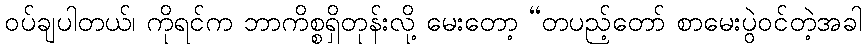
ဝပ်ချပါတယ်၊ ကိုရင်က ဘာကိစ္စရှိတုန်းလို့ မေးတော့ “တပည့်တော် စာမေးပွဲဝင်တဲ့အခါ